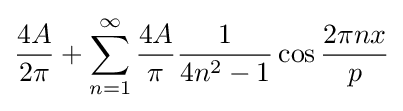
{\frac {4A}{2\pi }}+\sum _{n=1}^{\infty }{\frac {4A}{\pi }}{\frac {1}{4n^{2}-1}}\cos {\frac {2\pi nx}{p}}